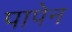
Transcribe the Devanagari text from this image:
पापेन